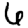
Digit: 6